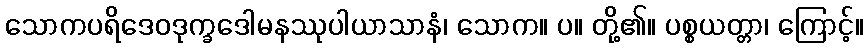
သောကပရိဒေဝဒုက္ခဒေါမနဿုပါယာသာနံ၊ သောက။ ပ။ တို့၏။ ပစ္စယတ္တာ၊ ကြောင့်။